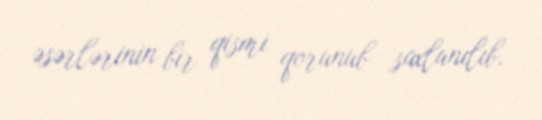
əsərlərinin bir qismi qorunub saxlanılıb.